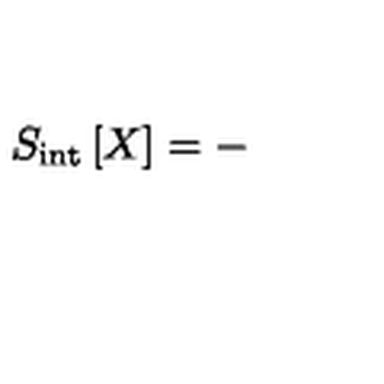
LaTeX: S _ { \mathrm { i n t } } \left[ X \right] = -